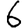
Digit: 6